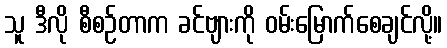
သူ ဒီလို စီစဉ်တာက ခင်ဗျားကို ဝမ်းမြောက်စေချင်လို့။